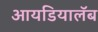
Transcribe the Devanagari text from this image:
आयडियालॅब